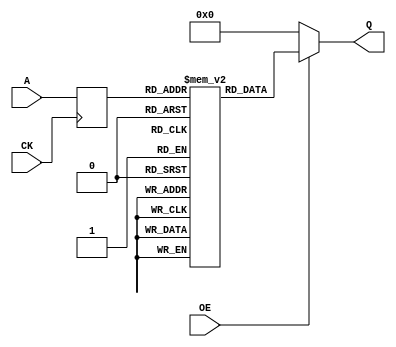
module ROM (CK, A, OE, Q);



  input         CK;
  input  [13:0]  A;
  input         OE;
  output [23:0] Q;

  reg    [23:0] Q;
  reg    [13:0]  latched_A;
  reg    [23:0] memory [16383:0];

  always @(posedge CK) begin
    latched_A <= A;
  end

  always @(*) begin
    if (OE) begin
      Q = memory[latched_A];
    end
    else begin
      Q = 24'h0;  
    end
  end
endmodule